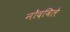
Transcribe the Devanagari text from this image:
नोंंदविले